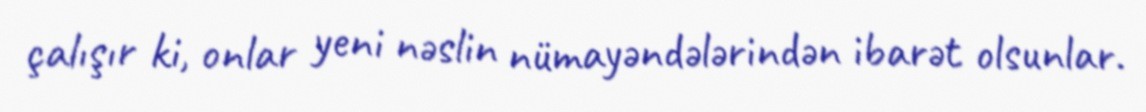
çalışır ki, onlar yeni nəslin nümayəndələrindən ibarət olsunlar.